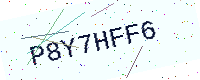
Text: P8Y7HFF6